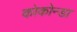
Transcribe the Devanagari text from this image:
कोकोन्डा